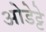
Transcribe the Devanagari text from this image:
ओडेट्टे